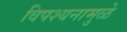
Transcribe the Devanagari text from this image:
विपश्यनामुळे